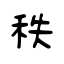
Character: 秩